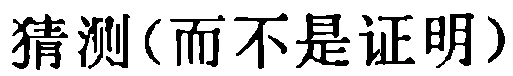
猜测(而不是证明)